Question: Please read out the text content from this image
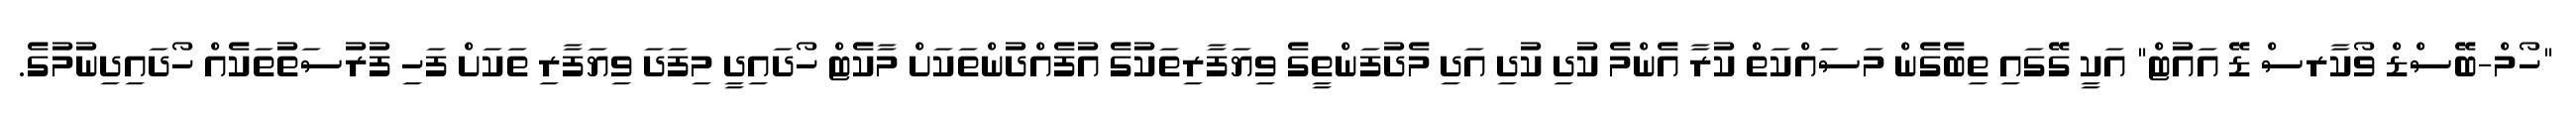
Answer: "ހޯމް-ބޭސްޑް ވޯކާރސް ޑޭ އައުޓް" އަކީ ގޭގައި ތިބެގެން މަސައްކަތް ކުރާ އެންމެ ކުދި ކުދި އަދި މެދުފަންތީގެ ވިޔަފާރިތަކުގެ އުފެއްދުންތަކަށް މާކެޓް ހޯދައިދީ މިފަދަ ވިޔަފާރި ތަކަށް ފަހި ފުރުސަތުތަކެއް ހޯދައިދިނުމުގެ.